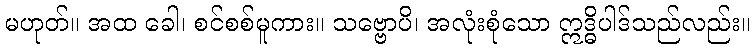
မဟုတ်။ အထ ခေါ၊ စင်စစ်မူကား။ သဗ္ဗောပိ၊ အလုံးစုံသော ဣဒ္ဓိပါဒ်သည်လည်း။